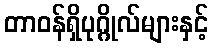
တာဝန်ရှိပုဂ္ဂိုလ်များနှင့်